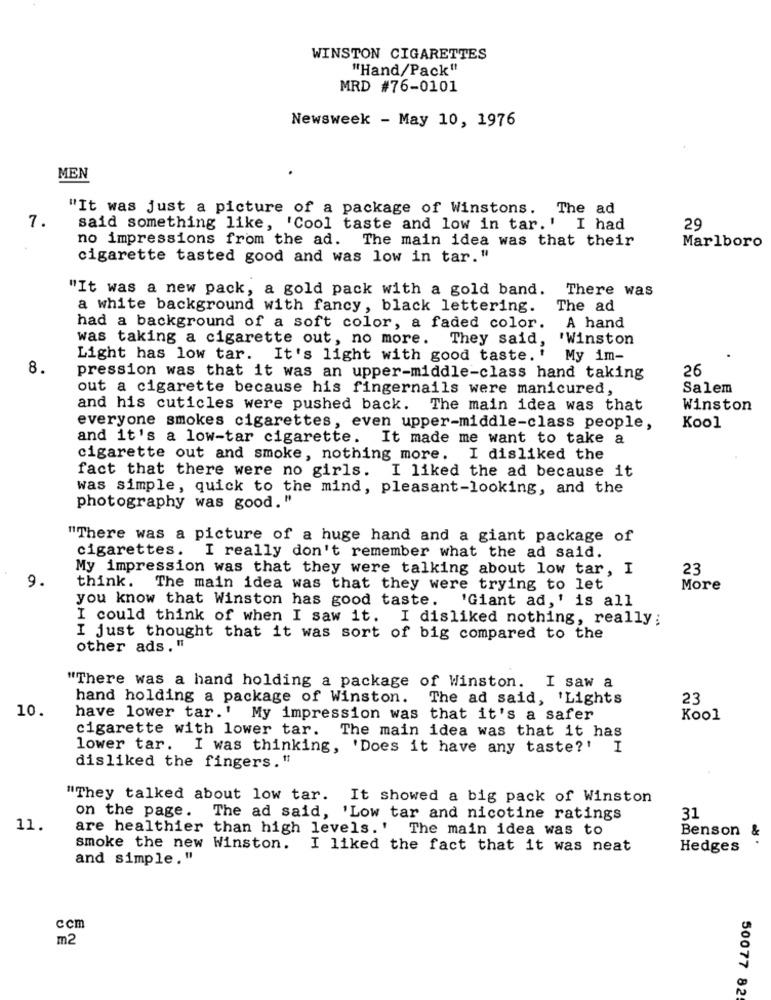
WINSTON CIGARETTES
"Hand/Pack"
MRD #76-0101
Newsweek - May 10, 1976
MEN
"It was just a picture of a package of Winstons. The ad
7.
said something like, 'Cool taste and low in tar.' I had
29
no impressions from the ad.
The main idea was that their
Marlboro
cigarette tasted good and was low in tar."
"It was a new pack, a gold pack with a gold band. There was
a white background with fancy, black lettering. The ad
had a background of a soft color, a faded color.
A hand
was taking a cigarette out, no more. They said, 'Winston
Light has low tar. It's light with good taste.' My im-
8.
26
pression was that it was an upper-middle-class hand taking
out a cigarette because his fingernails were manicured,
Salem
and his cuticles were pushed back. The main idea was that
Winston
everyone smokes cigarettes, even upper-middle-class people,
Kool
and it's a low-tar cigarette. It made me want to take a
cigarette out and smoke, nothing more. I disliked the
fact that there were no girls. I liked the ad because it
was simple, quick to the mind, pleasant-looking, and the
photography was good."
"There was a picture of a huge hand and a giant package of
cigarettes.
I really don't remember what the ad said.
My impression was that they were talking about low tar, I
23
9.
think. The main idea was that they were trying to let
More
you know that Winston has good taste.
'Giant ad,' is all
I could think of when I saw it. I disliked nothing, really;
I just thought that it was sort of big compared to the
other ads."
"There was a hand holding a package of Winston. I saw a
hand holding a package of Winston. The ad said, 'Lights
23
10.
have lower tar.' My impression was that it's a safer
Kool
cigarette with lower tar. The main idea was that it has
lower tar. I was thinking, 'Does it have any taste?'
I
disliked the fingers."
"They talked about low tar. It showed a big pack of Winston
on the page. The ad said, 'Low tar and nicotine ratings
31
11.
are healthier than high levels. ' The main idea was to
Benson &
smoke the new Winston.
I liked the fact that it was neat
Hedges
and simple."
ccm
m2
50077 82